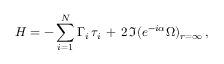
H = - \sum _ { i = 1 } ^ { N } \Gamma _ { i } \, \tau _ { i } \, + \, 2 \, \Im ( e ^ { - i \alpha } \Omega ) _ { r = \infty } \, ,